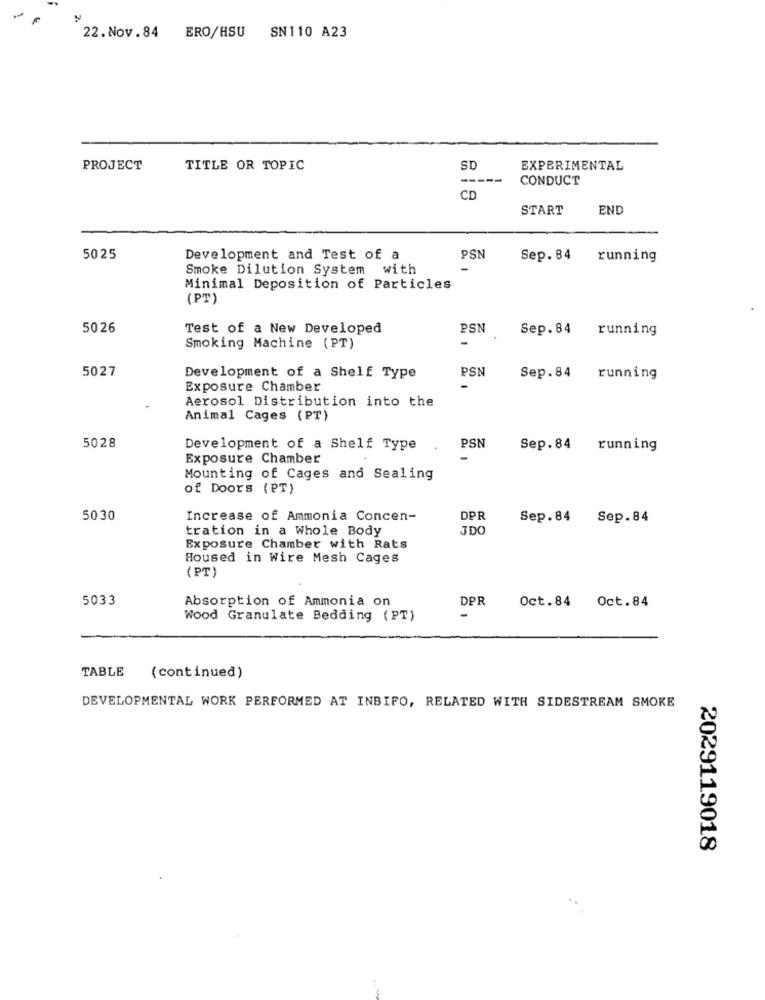
22.Nov.84 ERO/HSU SN110 A23
PROJECT
TITLE OR TOPIC
SD
EXPERIMENTAL
--
CONDUCT
CD
START
END
5025
Development and Test of a
PSN
Sep. 84
running
Smoke Dilution System with
Minimal Deposition of Particles
(PT)
5026
Test of a New Developed
PSN
Sep. 84
running
-
Smoking Machine (PT)
5027
PSN
Development of a Shelf Type
Sep.84
running
Exposure Chamber
Aerosol Distribution into the
Animal Cages (PT)
5028
Development of a Shelf Type
PSN
Sep.84
running
Exposure Chamber
Mounting of Cages and Sealing
of Doors (PT)
5030
Increase of Ammonia Concen-
DPR
Sep.84 Sep.84
tration in a Whole Body
JDO
Exposure Chamber with Rats
Housed in Wire Mesh Cages
(PT)
5033
Absorption of Ammonia on
DPR
Oct.84 Oct.84
Wood Granulate Bedding (PT)
TABLE
(continued)
DEVELOPMENTAL WORK PERFORMED AT INBIFO, RELATED WITH SIDESTREAM SMOKE
2029119018